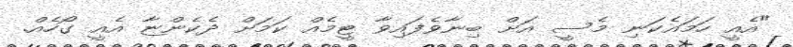
"އެއީ ހަމައެކަނި މެސީ އަށް ބިނާވެފައިވާ ޓީމެއް ކަމަށް ދެކެންޏާ އެއީ ގޯހެއް.